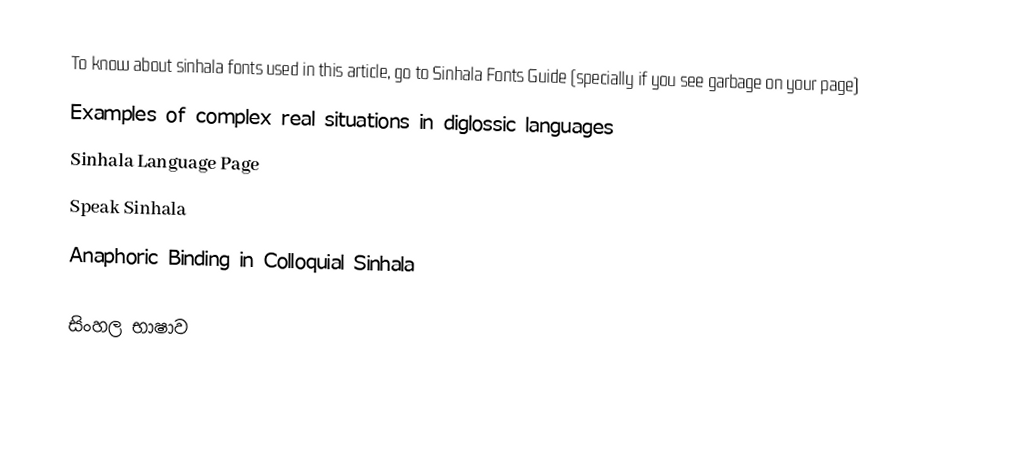
To know about sinhala fonts used in this article, go to Sinhala Fonts Guide (specially if you see garbage on your page)
  Examples of complex real situations in diglossic languages
 Sinhala Language Page
 Speak Sinhala
 Anaphoric Binding in Colloquial Sinhala

සිංහල භාෂාව